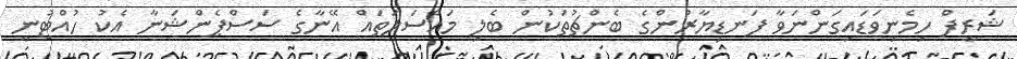
ޝަރީފް ހިމެނިވަޑައިގަންނަވާ ފަނޑިޔާރުންގެ ބެންޗުތަކުން ބެލި މައްސަލަތައް އޭނާގެ ސަސްޕެންޝަނާ އެކު ހުއްޓުނީ